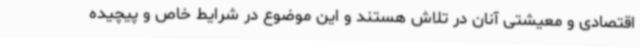
اقتصادی و معیشتی آنان در تلاش هستند و این موضوع در شرایط خاص و پیچیده